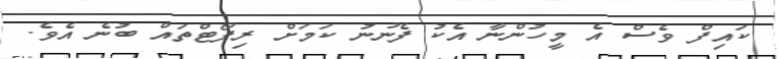
ކައިފް ވެސް އެ މީހުންނާ އެކު ފެނުނު ކަމަށް ރިޕޯޓްތައް ބުނެ އެވެ.